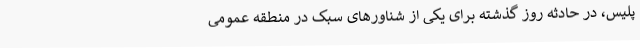
پلیس، در حادثه روز گذشته برای یکی از شناورهای سبک در منطقه عمومی